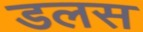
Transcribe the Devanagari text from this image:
डलस